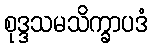
စုဒ္ဒသမသိက္ခာပဒံ